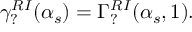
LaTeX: \gamma _ { ? } ^ { R I } ( \alpha _ { s } ) = \Gamma _ { ? } ^ { R I } ( \alpha _ { s } , 1 ) { } .